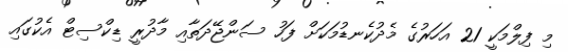
މި ފިލްމަކީ 21 އަހަރުގެ މެދުކެނޑުމަކަށް ފަހު ސަންޖޭދަތާއި މާދުރީ ޑިކްސިޓް އެކުގައި